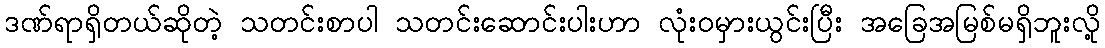
ဒဏ်ရာရှိတယ်ဆိုတဲ့ သတင်းစာပါ သတင်းဆောင်းပါးဟာ လုံးဝမှားယွင်းပြီး အခြေအမြစ်မရှိဘူးလို့